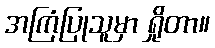
အကြံပြုသူမှာ ရှိုတာ။